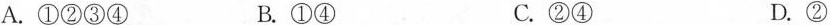
A.①②③④ B.①④ C.②④ D.②